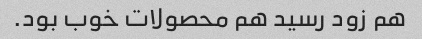
هم زود رسید هم محصولات خوب بود.